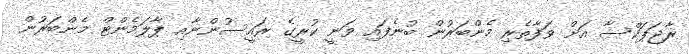
ރާޖަޕަކްސާ އަށް ވަފާތެރި މެންބަރުން ބުނެފައި ވަނީ ކުރީގެ ރައީސުންނާއި ޕާލަމެންޓް މެންބަރުން